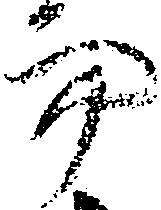
而